Riigikantselei, lk 9
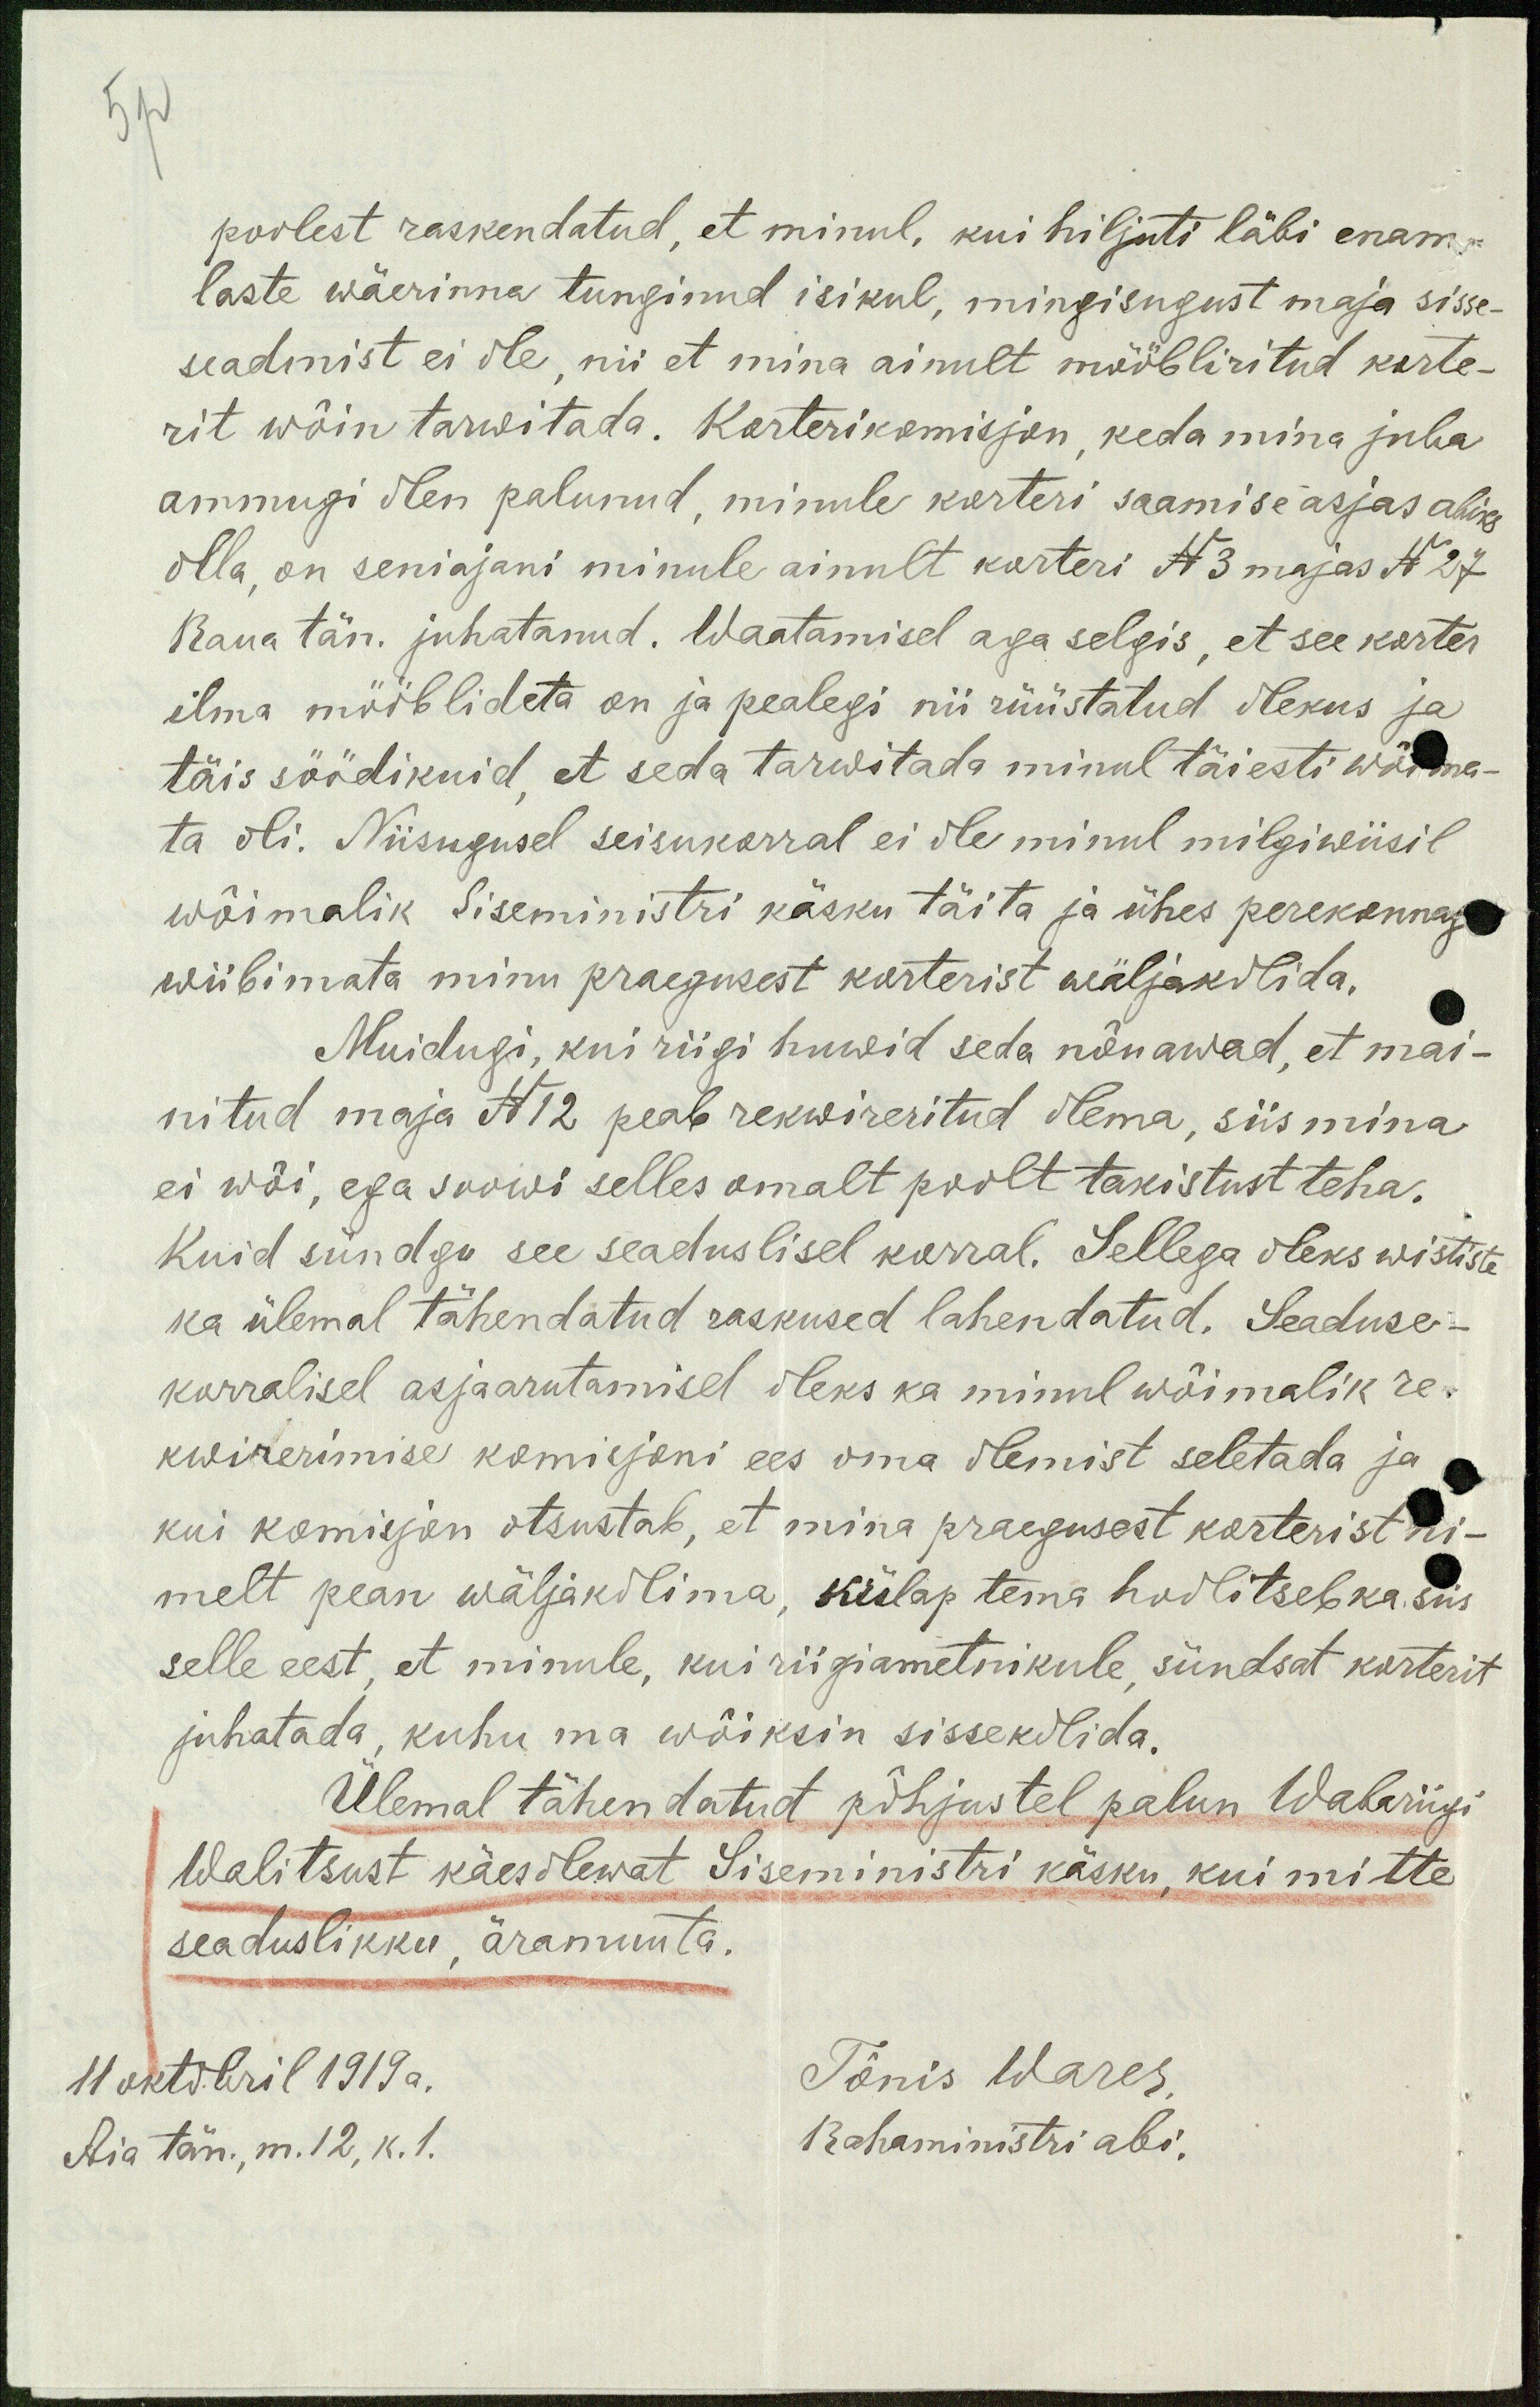
poolest raskendatud, et minul, kui hiljuti läbi enam-
laste wäerinna tunginud isikul, mingisugust maja sisse-
seadmist ei ole, nii et mina ainult mööbliritud korte-
rit wõin tarwitada. Korterikomisjon, keda mina juba
ammugi olen palunud, minule korteri saamise asjas abiks
olla, on seniajani minule ainult korteri N 3 majas N 27
Raua tän. juhatanud. Waatamisel aga selgis, et see korter
ilma mööblideta on ja pealegi nii rüüstatud olekus ja
täis söödikuid, et seda tarwitada minul täiesti wõima-
ta oli. Niisugusel seisukorral ei ole minul milgiwiisil
wõimalik Siseministri käsku täita ja ühes perekonnag
wiibimata minu praegusest korterist wäljakolida.
Muidugi, kui riigi huwid seda nõuawad, et mai-
nitud maja N12 peab rekwireritud olema, siis mina
ei wõi, ega soowi selles omalt poolt takistust teha.
Kuid sündgu see seaduslisel korral. Sellega oleks wististe
ka ülemal tähendatud raskused lahendatud. Seaduse-
korralisel asjaarutamisel oleks ka minul wõimalik re-
kwikerimise komisjoni ees oma olemist seletada ja
kui komisjon otsustab, et mina praegusest korterist ni-
melt pean wäljakolima, külap tema hoolitseb ka siis
selle eest, et minule, kui riigiametnikule, sündsat korterit
juhatada, kuhu ma wõiksin sissekolida.
Ülemal tähendatud põhjustel palun Wabariigi
Walitsust käesolewat Siseministri käsku, kui mitte
seaduslikku, äramuuta.
11 oktobril 1919 a.
Tõnis Wares,
Aia tän., m. 12, k. 1.
Rahaministri abi.